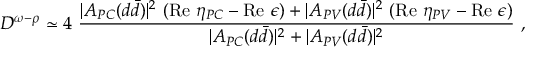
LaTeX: { \cal D } ^ { \omega - \rho } \simeq 4 ~ \frac { | A _ { P C } ( d \bar { d } ) | ^ { 2 } ~ ( \mathrm { R e } ~ \eta _ { P C } - \mathrm { R e } ~ \epsilon ) + | A _ { P V } ( d \bar { d } ) | ^ { 2 } ~ ( \mathrm { R e } ~ \eta _ { P V } - \mathrm { R e } ~ \epsilon ) } { | A _ { P C } ( d \bar { d } ) | ^ { 2 } + | A _ { P V } ( d \bar { d } ) | ^ { 2 } } ~ ,